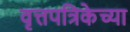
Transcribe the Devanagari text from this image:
वृत्तपत्रिकेच्या